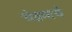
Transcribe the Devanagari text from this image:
चेन्नमाचे